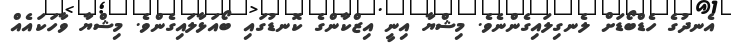
އެނދުގެ ހެޑްބޯޑަށް ލެނގިލައިގެންނެވެ. މިޝްޔާ އިނީ އިޒްކާންގެ ކޮނޑުގައި ބޯއަޅާލައިގެންވެ. މިޝްޔާ ވާހަކައެއް